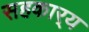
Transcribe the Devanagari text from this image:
सहकार्‍य